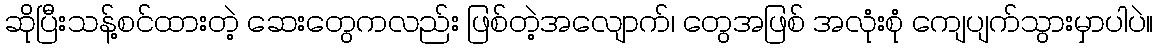
ဆိုပြီးသန့်စင်ထားတဲ့ ဆေးတွေကလည်း ဖြစ်တဲ့အလျောက်၊ တွေအဖြစ် အလုံးစုံ ကျေပျက်သွားမှာပါပဲ။